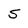
Character: 5